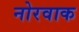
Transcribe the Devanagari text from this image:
नोरवाक